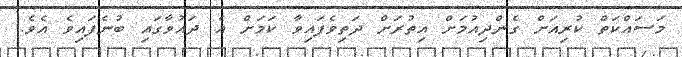
މަސައްކަތް ކުރިއަށް ގެންދިއުމަށް އިތުރަށް ދަތިވެފައިވާ ކަމަށް އެ ދައުވާގައި ބުނެފައިވެ އެވެ.